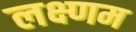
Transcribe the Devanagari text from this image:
लक्ष्णम